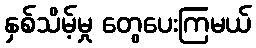
နှစ်သိမ့်မှု တွေပေးကြမယ်